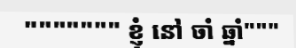
""""""" ខ្ញុំ នៅ ចាំ ឆ្នាំ"""